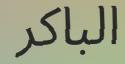
الباكر